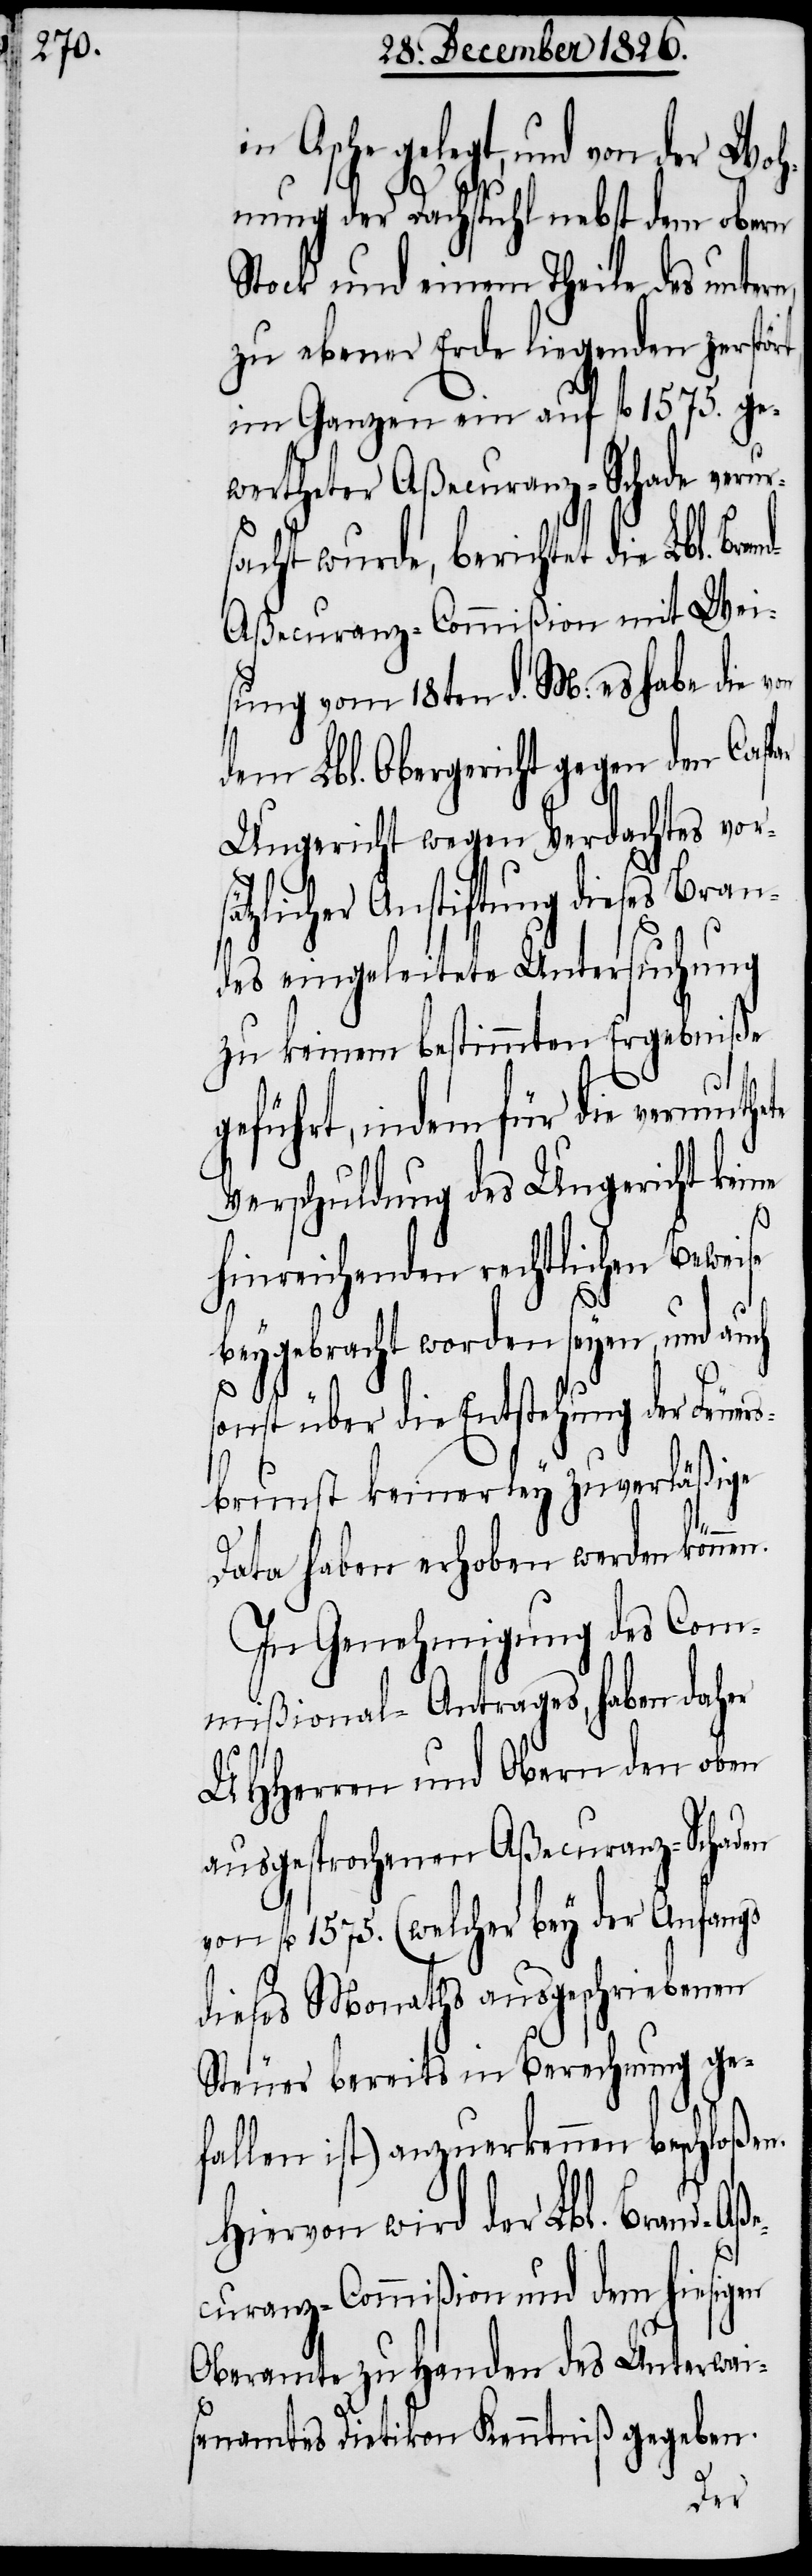
gelegt, und von der Wo¬
hnung der Dachstuhl nebst dem obern
Stock und einem Theile des untern,
zu ebener Erde liegenden zerstör¬
im Ganzen ein auf fl. 1575. ge¬
wertheter Aßecuranz-Schade verur¬
sacht wurde, berichtet die Lbl. Br¬
d-Aßecuranz-Commißion mit Wei¬
sung vom 18ten d. M.: es habe die von
dem Lbl. Obergericht gegen den Caspar
Ungericht wegen Verdachtes vors¬
ätzlicher Anstiftung dieses Bran¬
des eingeleitete Untersuchung
zu keinem bestimmten Ergebniße
geführt, indem für die vermuthe¬
Verschuldung des Ungericht keine
hinreichenden rechtlichen Beweise
beygebracht worden seyen, und auch
sonst über die Entstehung der Feuer¬
sbrunst keinerley zuverläßige
Data haben erhoben werden könn¬
In Genehmigung des Com¬
mißional-Antrags, haben daher
UHHerren und Obern den oben
ausgesprochenen Aßecuranz-Schaden
von fl. 1575. (welcher bey der anfangs
dieses Monaths ausgeschriebenen
Steuer bereits in Berechnung ge¬
fallen ist) anzuerkennen beschloßen.
Hiervon wird der Lbl. Brand-Aß¬
ecuranz-Commißion und dem hiesigen
Oberamte zu Handen des Unterwai¬
senamtes Dietikon Kenntniß gegeben.
en.